Annual report on the Civil Veterinary Department, Burma (including the Insein Veterinary School) - 1910-1922
Year: 1910
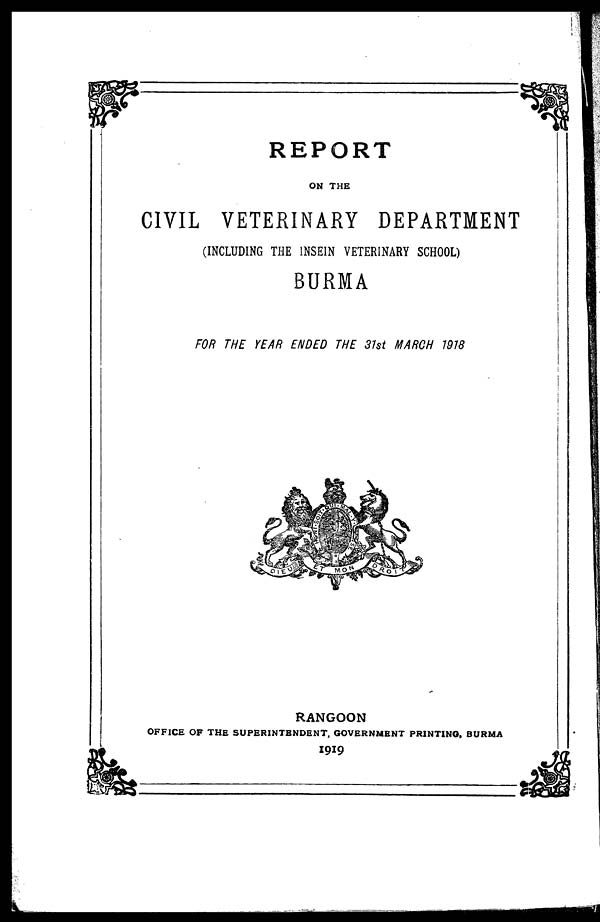
REPORT
ON THE
CIVIL VETERINARY DEPARTMENT
(INCLUDING THE INSEIN VETERINARY SCHOOL)
BURMA
FOR THE YEAR ENDED THE 31st MARCH 1918
RANGOON
OFFICE OF THE SUPERINTENDENT, GOVERNMENT PRINTING, BURMA
1919